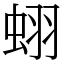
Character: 蛡